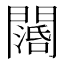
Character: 𨶖